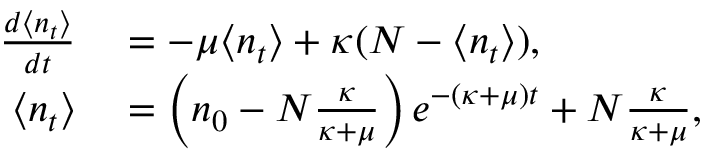
\begin{array} { r l } { \frac { d \langle n _ { t } \rangle } { d t } } & { { } = - \mu \langle n _ { t } \rangle + \kappa ( N - \langle n _ { t } \rangle ) , } \\ { \langle n _ { t } \rangle } & { { } = \left( n _ { 0 } - N \frac { \kappa } { \kappa + \mu } \right) e ^ { - ( \kappa + \mu ) t } + N \frac { \kappa } { \kappa + \mu } , } \end{array}